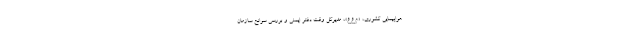
هواپیمایی کشوری، «م.ع.ع»، مدیرکل وقت دفتر ایمنی و بررسی سوانح سازمان